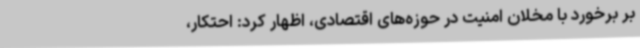
بر برخورد با مخلان امنیت در حوزه‌های اقتصادی، اظهار کرد: احتکار،